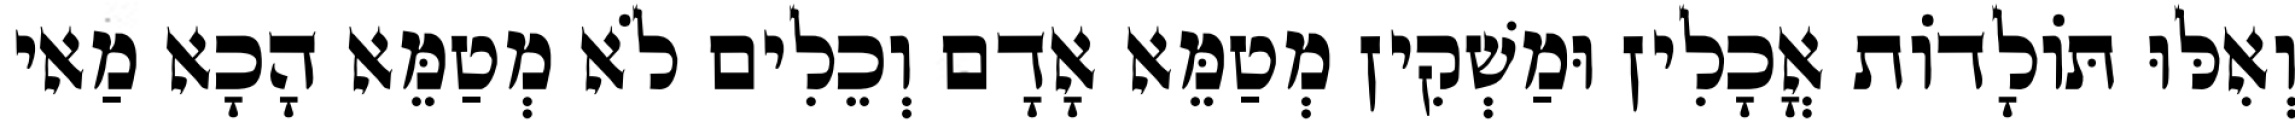
וְאִלּוּ תּוֹלָדוֹת אֳכָלִין וּמַשְׁקִין מְטַמֵּא אָדָם וְכֵלִים לֹא מְטַמֵּא הָכָא מַאי